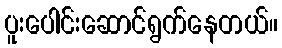
ပူးပေါင်းဆောင်ရွက်နေတယ်။